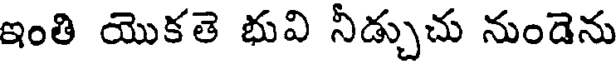
ఇంతి యొకతె భువి నీడ్చుచు నుండెను